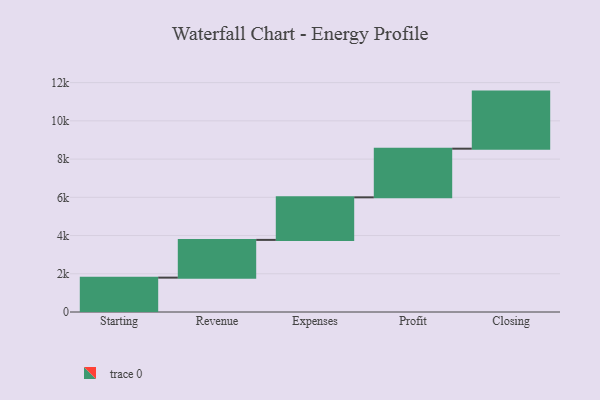
{"axis": {"x": "Step", "y": "Value"}, "legend": [""], "data": [{"x": "Starting", "y": 1798.0, "type": ""}, {"x": "Revenue", "y": 1974.0, "type": ""}, {"x": "Expenses", "y": 2227.0, "type": ""}, {"x": "Profit", "y": 2545.0, "type": ""}, {"x": "Closing", "y": 2986.0, "type": ""}]}